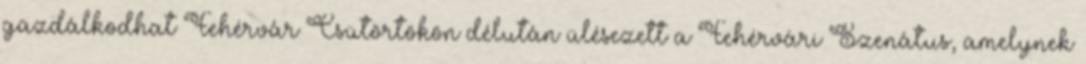
gazdálkodhat Fehérvár Csütörtökön délután ülésezett a Fehérvári Szenátus, amelynek